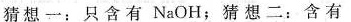
猜想一：只含有NaOH；猜想二：含有